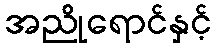
အညိုရောင်နှင့်